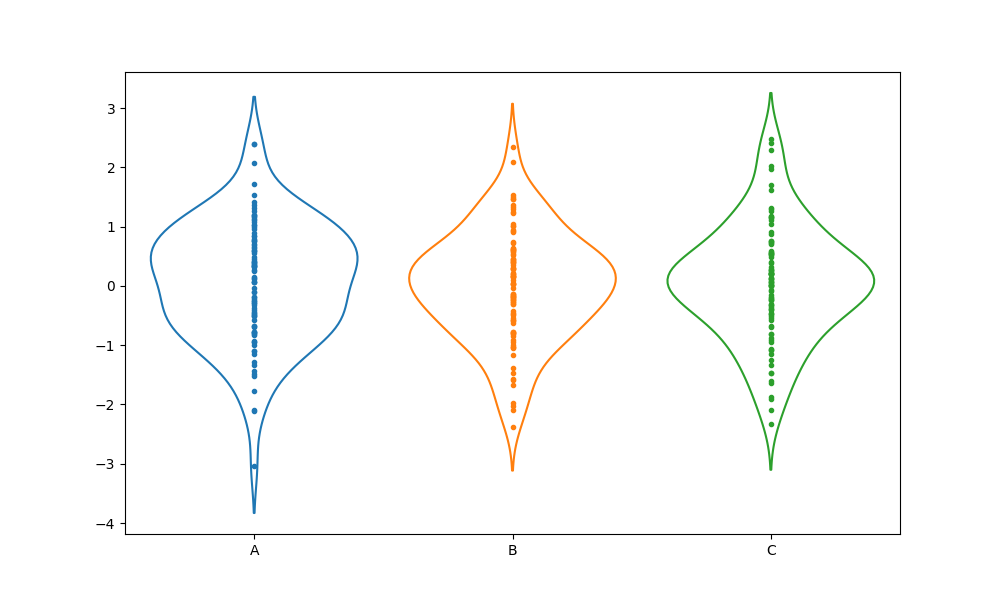
python, seaborn, violinplot, scale='count', split='False', inner='point', fill='False'